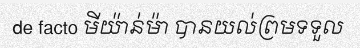
de facto មីយ៉ាន់ម៉ា បានយល់ព្រមទទួល